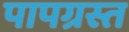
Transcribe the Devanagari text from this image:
पापग्रस्त